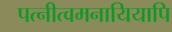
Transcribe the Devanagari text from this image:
पत्नीत्वमनायियापि